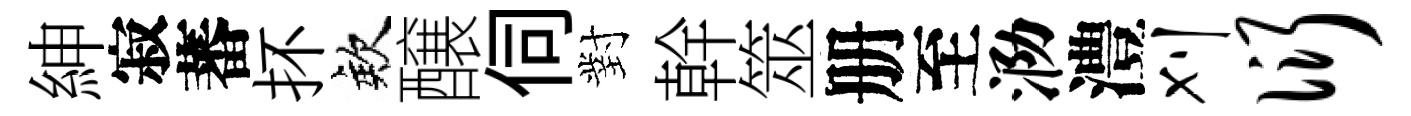
紳寂蕃抔欸醸伺對幹筮册至泐澧刈衍